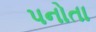
પનોતા